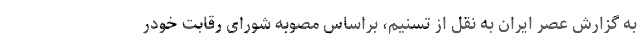
به گزارش عصر ایران به نقل از تسنیم، براساس مصوبه شورای رقابت خودر